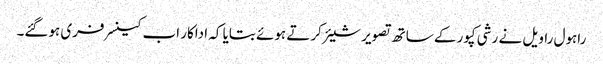
راہول راویل نے رشی کپور کے ساتھ تصویر شیئر کرتے ہوئے بتایا کہ اداکار اب کینسر فری ہوگئے۔